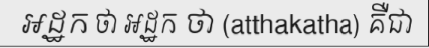
អដ្ឋក ថា អដ្ឋក ថា (atthakatha) គឺជា